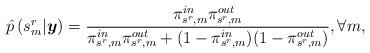
LaTeX: \begin{align*}\hat{p}\left(s_{m}^{r}|\boldsymbol{y}\right)=\frac{\pi_{s^{r},m}^{in}\pi_{s^{r},m}^{out}}{\pi_{s^{r},m}^{in}\pi_{s^{r},m}^{out}+(1-\pi_{s^{r},m}^{in})(1-\pi_{s^{r},m}^{out})},\forall m,\end{align*}